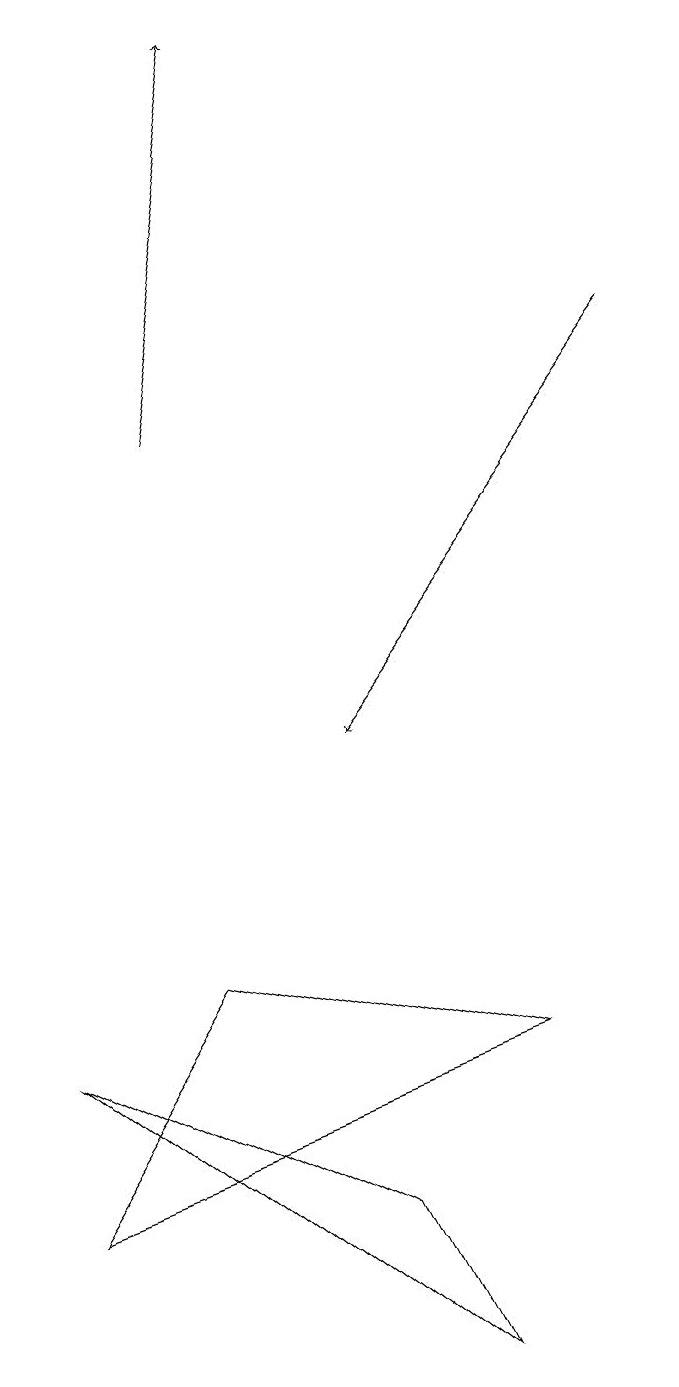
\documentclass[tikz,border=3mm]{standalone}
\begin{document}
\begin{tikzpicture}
\draw (4,4) -- (0,6) -- (5,2) -- cycle;
\draw[->] (2,14) -- (3,19);
\draw (2,7) -- (0,4) -- (6,6) -- cycle;
\draw[->] (8,15) -- (4,10);
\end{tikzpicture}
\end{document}